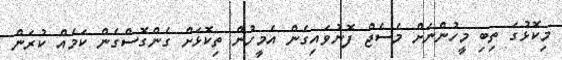
މިކޮޅުގަ ތިބި މީހުންނަށް މެސެޖް ފޮނުވައިގެން އެމީހުން ތިކޮޅަށް ގެންގޮސްގެން ކަމެއް ކުރަން